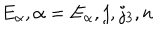
LaTeX: E _ { \alpha } , \alpha = E _ { \alpha } , j , j _ { 3 } , n